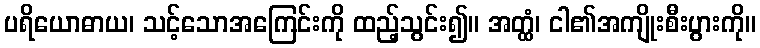
ပရိယောဓာယ၊ သင့်သောအကြေင်းကို ထည့်သွင်း၍။ အတ္ထံ၊ ငါ၏အကျိုးစီးပွားကို။